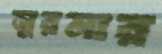
সুরমার